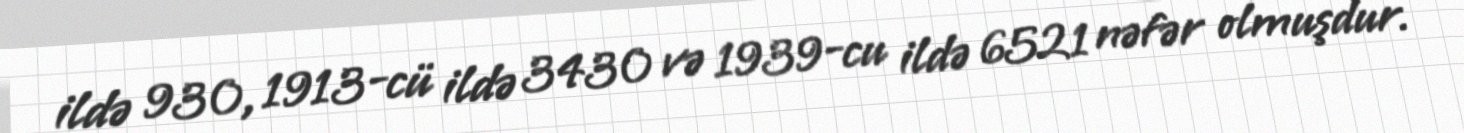
ildə 930, 1913-cü ildə 3430 və 1939-cu ildə 6521 nəfər olmuşdur.